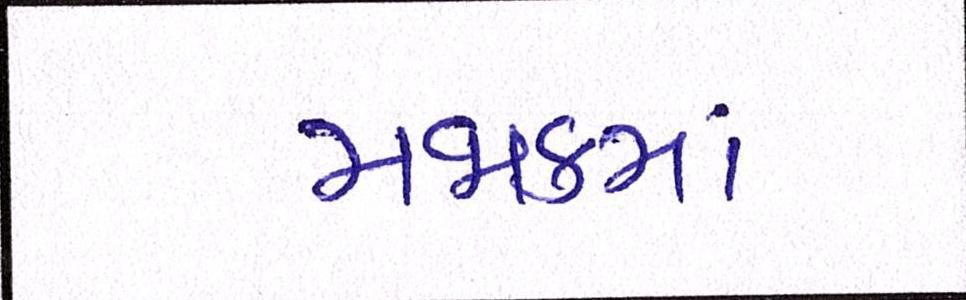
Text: મજાકનું